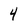
Character: 4